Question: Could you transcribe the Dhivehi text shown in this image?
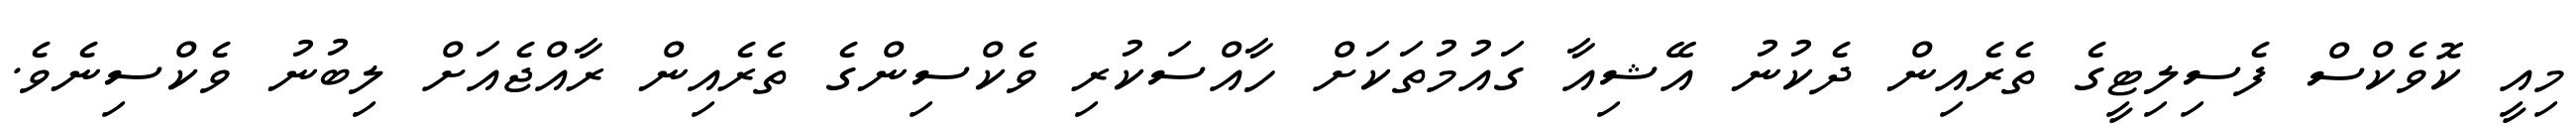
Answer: މިއީ ކޮވެކްސް ފެސިލިޓީގެ ތެރެއިން ދެކުނު އޭޝިއާ ގައުމުތަކަށް ހާއްސަކުރި ވެކްސިންގެ ތެރެއިން ރާއްޖެއަށް ލިބުނު ވެކްސިނެވެ.